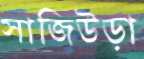
সাজিউড়া